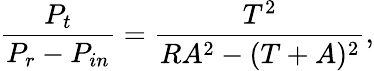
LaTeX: \frac{P_{t}}{P_{r}-P_{in}}=\frac{T^{2}}{RA^{2}-(T+A)^{2}},